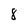
Character: 8